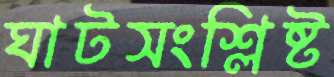
ঘাটসংশ্লিষ্ট